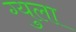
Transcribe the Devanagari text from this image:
ग्युला